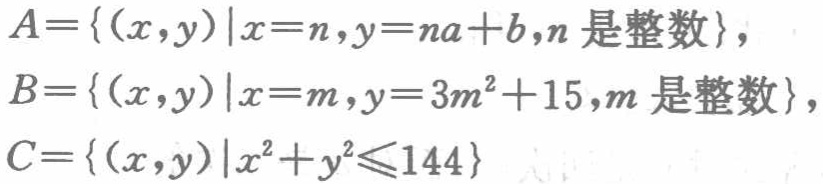
\[

\begin{align*}

A&=\{(x,y)|x = n,y=na + b,n\text{ 是整数}\},\\

B&=\{(x,y)|x = m,y = 3m^{2}+15,m\text{ 是整数}\},\\

C&=\{(x,y)|x^{2}+y^{2}\leq144\}

\end{align*}

\]